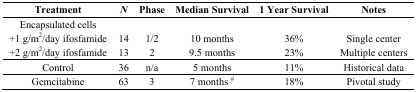
<table><thead><tr><td><b>Treatment</b></td><td><b><i>N</i></b></td><td><b>Phase</b></td><td><b>Median Survival</b></td><td><b>1 Year Survival</b></td><td><b>Notes</b></td></tr></thead><tbody><tr><td>Encapsulated cells</td><td></td><td></td><td></td><td></td><td></td></tr><tr><td>+1 g/m<sup>2</sup>/day ifosfamide</td><td>14</td><td>1/2</td><td>10 months</td><td>36%</td><td>Single center</td></tr><tr><td>+2 g/m<sup>2</sup>/day ifosfamide</td><td>13</td><td>2</td><td>9.5 months</td><td>23%</td><td>Multiple centers</td></tr><tr><td>Control</td><td>36</td><td>n/a</td><td>5 months</td><td>11%</td><td>Historical data</td></tr><tr><td>Gemcitabine</td><td>63</td><td>3</td><td>7 months <sup>#</sup></td><td>18%</td><td>Pivotal study</td></tr></tbody></table>